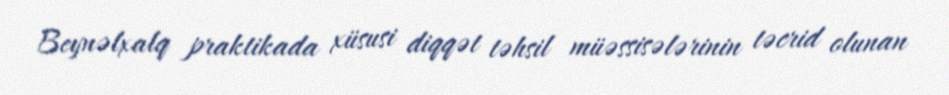
Beynəlxalq praktikada xüsusi diqqət təhsil müəssisələrinin təcrid olunan